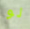
لو